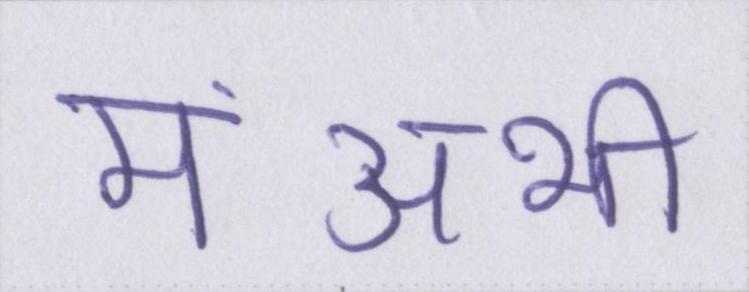
मंअभी